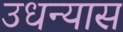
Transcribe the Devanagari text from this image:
उधन्यास